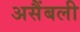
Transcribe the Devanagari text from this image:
असैंबली